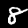
Digit: 8